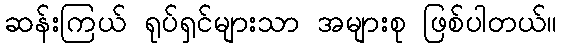
ဆန်းကြယ် ရုပ်ရှင်များသာ အများစု ဖြစ်ပါတယ်။